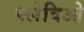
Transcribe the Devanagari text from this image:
फ्लेविओ